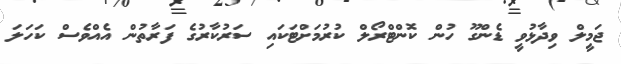
ޖަމީލް ވިދާޅުވީ ޑެންގޫ ހުން ކޮންޓްރޯލް ކުރުމަށްޓަކައި ސަރުކާރުގެ ފަރާތުން އެއްވެސް ކަހަލަ